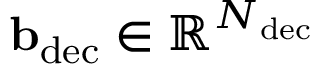
\mathbf { b } _ { \mathrm { d e c } } \in \mathbb { R } ^ { N _ { \mathrm { d e c } } }